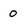
Character: 0